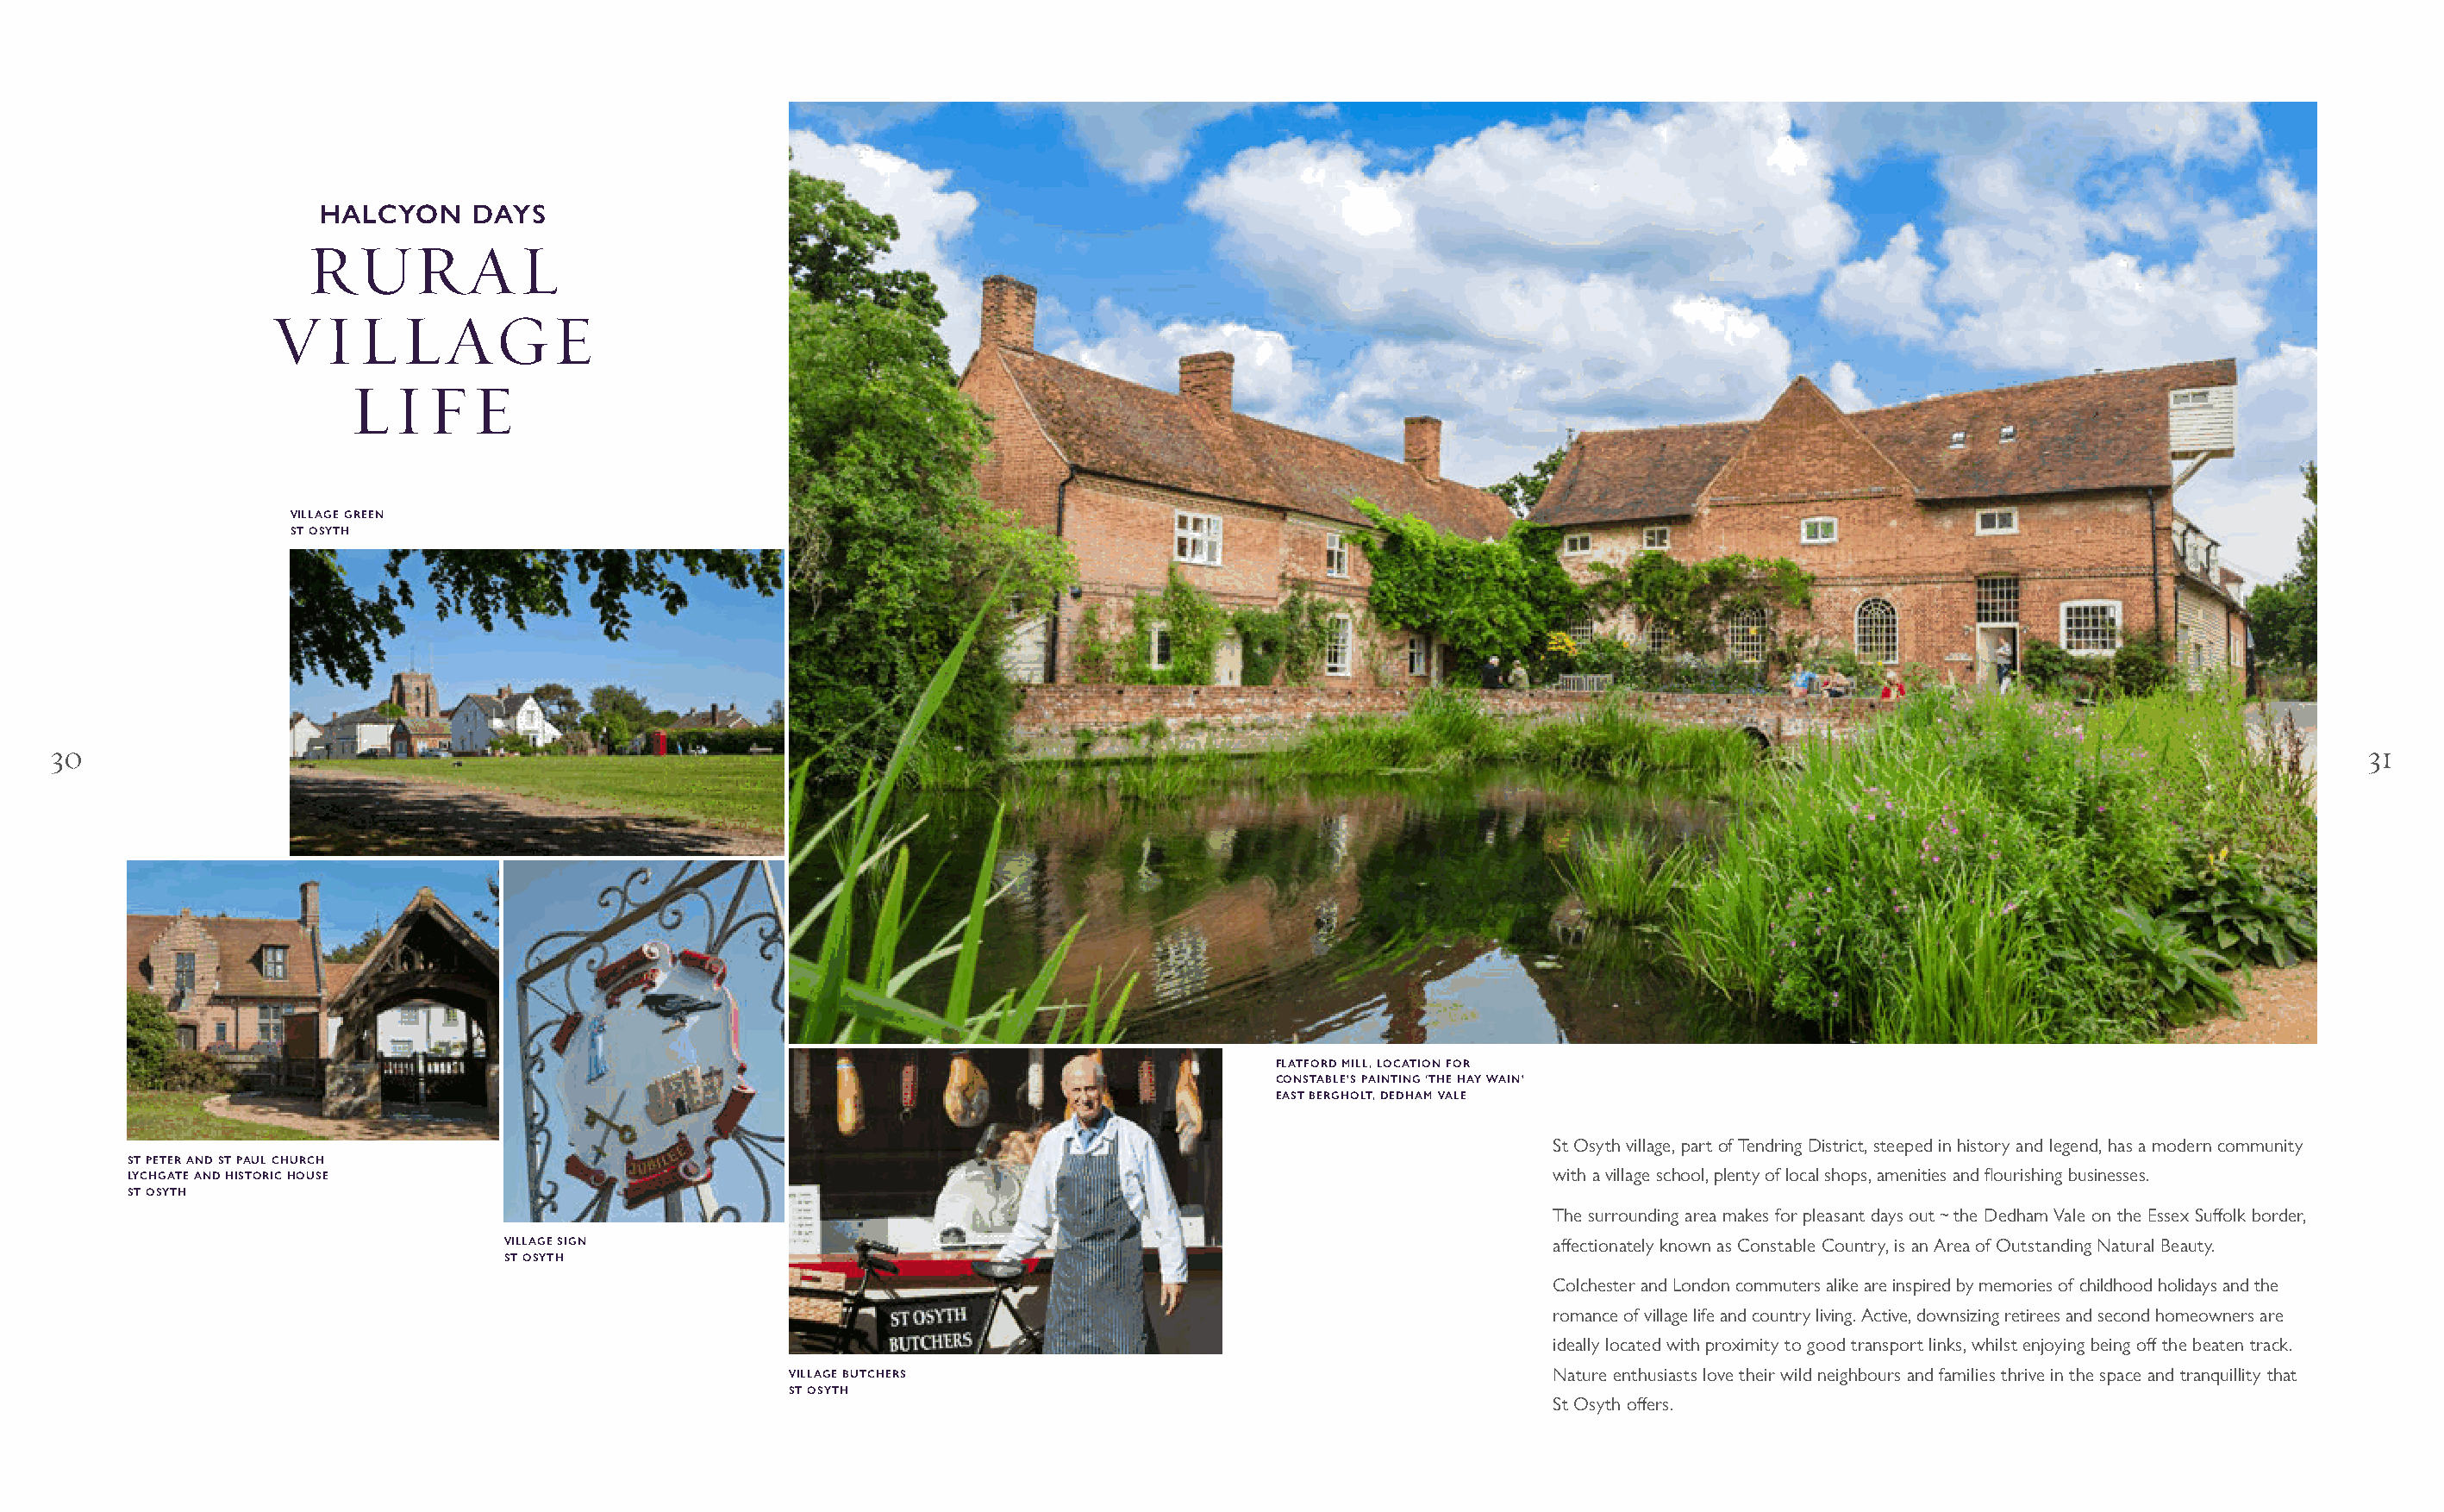
HALCYON    DAYS
 RUR         AL
 VILLAGE
 LIFE
 VILLAGE GREEN
 ST OSYTH
 30                                                                                                                                                                                31
 FLATFORD MILL, LOCATION FOR
 CONSTABLE’S PAINTING ‘THE HAY WAIN’
 EAST BERGHOLT, DEDHAM VALE
 St Osyth village, part of Tendring District, steeped in history and legend, has a modern community
 ST PETER AND ST PAUL CHURCH
 LYCHGATE AND HISTORIC HOUSE                                                                                  with a village school, plenty of local shops, amenities and fl ourishing businesses.
 ST OSYTH
 The surrounding area makes for pleasant days out ~ the Dedham Vale on the Essex Suff olk border,
 VILLAGE SIGN                                                                    aff ectionately known as Constable Country, is an Area of Outstanding Natural Beauty.
 ST OSYTH
 Colchester and London commuters alike are inspired by memories of childhood holidays and the
 romance of village life and country living. Active, downsizing retirees and second homeowners are
 ideally located with proximity to good transport links, whilst enjoying being off the beaten track.
 VILLAGE BUTCHERS                                          Nature enthusiasts love their wild neighbours and families thrive in the space and tranquillity that
 ST OSYTH
 St Osyth off ers.